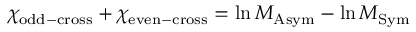
\chi _ { \mathrm { o d d - c r o s s } } + \chi _ { \mathrm { e v e n - c r o s s } } = \ln M _ { \mathrm { A s y m } } - \ln M _ { \mathrm { S y m } }